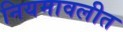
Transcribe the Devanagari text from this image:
नियमावलीत